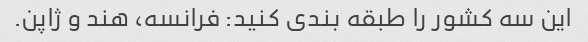
این سه کشور را طبقه بندی کنید: فرانسه، هند و ژاپن.